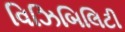
વિઝિબિલિટી